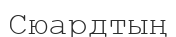
Сюардтың